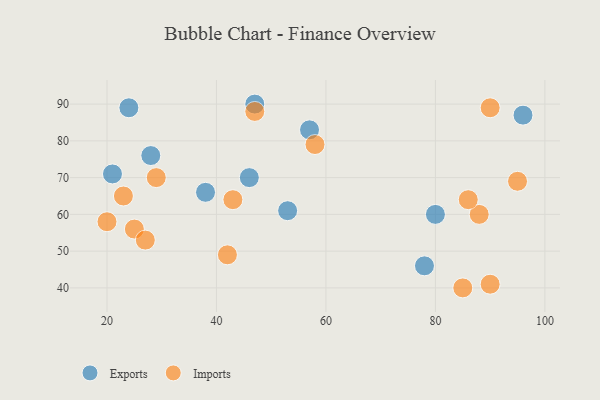
{"axis": {"x": "GDP", "y": "Life Expectancy"}, "legend": ["Exports", "Imports"], "data": [{"x": "21", "y": 71, "type": "Exports"}, {"x": "53", "y": 61, "type": "Exports"}, {"x": "24", "y": 89, "type": "Exports"}, {"x": "96", "y": 87, "type": "Exports"}, {"x": "46", "y": 70, "type": "Exports"}, {"x": "38", "y": 66, "type": "Exports"}, {"x": "57", "y": 83, "type": "Exports"}, {"x": "80", "y": 60, "type": "Exports"}, {"x": "28", "y": 76, "type": "Exports"}, {"x": "78", "y": 46, "type": "Exports"}, {"x": "47", "y": 90, "type": "Exports"}, {"x": "85", "y": 40, "type": "Imports"}, {"x": "88", "y": 60, "type": "Imports"}, {"x": "25", "y": 56, "type": "Imports"}, {"x": "43", "y": 64, "type": "Imports"}, {"x": "23", "y": 65, "type": "Imports"}, {"x": "90", "y": 89, "type": "Imports"}, {"x": "27", "y": 53, "type": "Imports"}, {"x": "86", "y": 64, "type": "Imports"}, {"x": "42", "y": 49, "type": "Imports"}, {"x": "29", "y": 70, "type": "Imports"}, {"x": "47", "y": 88, "type": "Imports"}, {"x": "20", "y": 58, "type": "Imports"}, {"x": "58", "y": 79, "type": "Imports"}, {"x": "95", "y": 69, "type": "Imports"}, {"x": "90", "y": 41, "type": "Imports"}]}